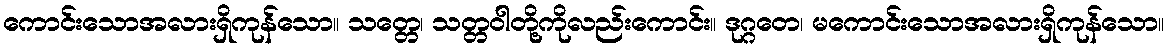
ကောင်းသောအလားရှိကုန်သော။ သတ္တေ၊ သတ္တဝါတို့ကိုလည်းကောင်း။ ဒုဂ္ဂတေ၊ မကောင်းသောအလားရှိကုန်သော။